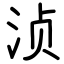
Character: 浈